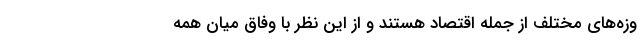
وزه‌های مختلف از جمله اقتصاد هستند و از این نظر با وفاق میان همه